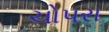
ચોપરા